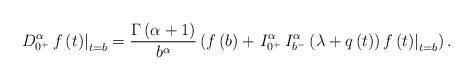
LaTeX: \begin{align*}{\left. {D_{{0^ + }}^\alpha \,f\left( t \right)} \right|_{t = b}} = \frac{{\Gamma \left( {\alpha + 1} \right)}}{{{b^\alpha }}}\left( {f\left( b \right) + {{\left. {I_{{0^ + }}^\alpha \,I_{{b^ - }}^\alpha \left(\lambda + q \left(t\right) \right)f\left( t \right)} \right|}_{t = b}}} \right).\end{align*}